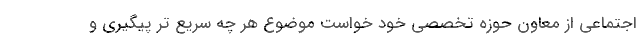
اجتماعی از معاون حوزه تخصصی خود خواست موضوع هر چه سریع تر پیگیری و